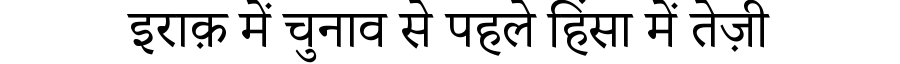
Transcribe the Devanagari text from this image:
इराक़ में चुनाव से पहले हिंसा में तेज़ी